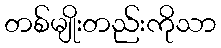
တစ်မျိုးတည်းကိုသာ